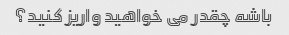
باشه چقدر می خواهید واریز کنید؟